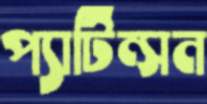
প্যাটিন্সন